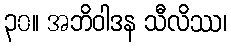
၃၀။ အဘိဝါဒန သီလိဿ၊